Civil Veterinary Department Bihar & Orissa reports 1922-29 - 1922-1929
Year: 1922
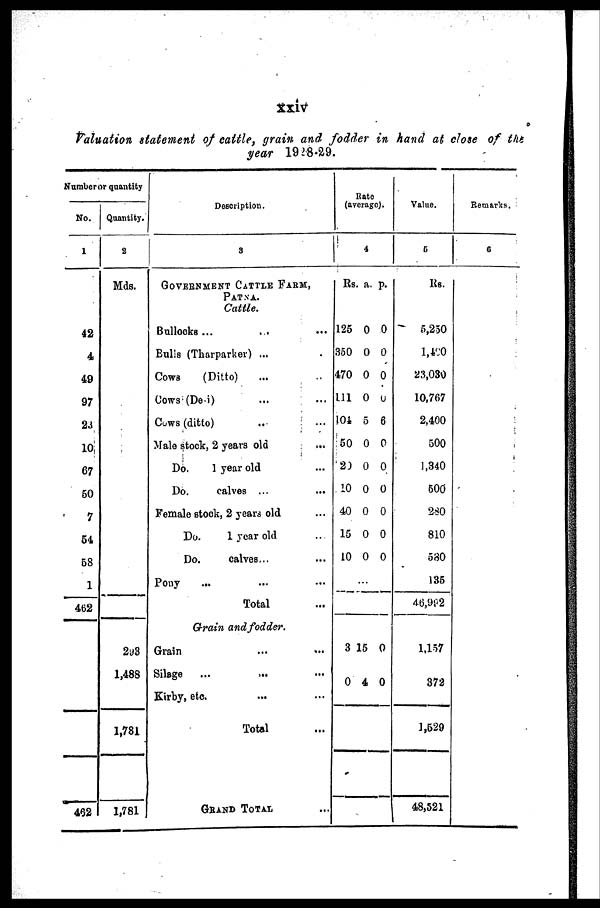
XXlV
Valuation statement of cattle, grain and fodder in hand at close of the
year 1928-29.
Number or quantity
No.
1
42
4
49
97
23
10
67
50
7
64
58
1
462
492
Quantity.
2
Mds.
293
1,488
1,781
1,781
Description.
3
GOVERMENT CaTTLE FARM,
PATNA.
Cattle.
Bullocks ...
Balls (Tharparker) ...
Cows
(Ditto)
Cows (De.i)
Cows (ditto)
Male stock, 2 years old
Do.
1 year old
Do.
calves ...
Female stock, 2 years old
Do.
1 year old
Do.
calves...
Pony
Total
Grain and fodder.
Grain
Silage
...
...
Kirby, etc.
Total
GRAND TOTAL
Rate
(average).
4
Rs.
125
350
470
111
101
50
20
10
40
15
10
3 1
0
a.
0
0
0
0
5
0
0
0
0
0
0
5
4
p.
0
0
0
0
6
0
0
0
0
0
0
0
0
Value.
6
Rs.
5,250
1,000
23,030
10,767
2,400
500
1,340
500
280
810
580
135
46,992
1,157
372
1,629
48,521
Remark
7